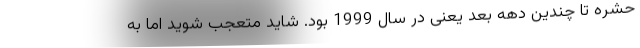
حشره تا چندین دهه بعد یعنی در سال 1999 بود. شاید متعجب شوید اما به